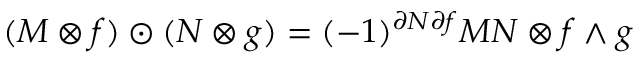
( M \otimes f ) \odot ( N \otimes g ) = ( - 1 ) ^ { \partial N \partial f } M N \otimes f \wedge g